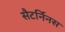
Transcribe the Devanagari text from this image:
सैटर्निनस